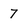
Character: 7